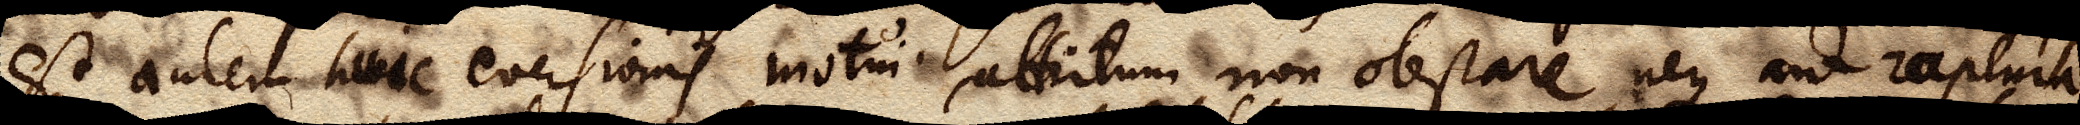
est autem huic eversionis motui attritum non obstare, neque ad raptura